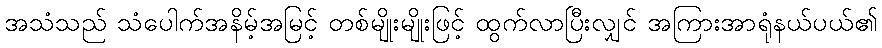
အသံသည် သံပေါက်အနိမ့်အမြင့် တစ်မျိုးမျိုးဖြင့် ထွက်လာပြီးလျှင် အကြားအာရုံနယ်ပယ်၏